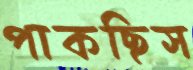
পাকছিস